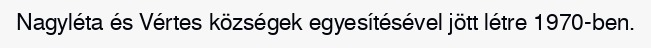
Nagyléta és Vértes községek egyesítésével jött létre 1970-ben.